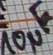
Text: 10µF